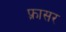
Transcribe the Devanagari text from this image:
फ़्रासर